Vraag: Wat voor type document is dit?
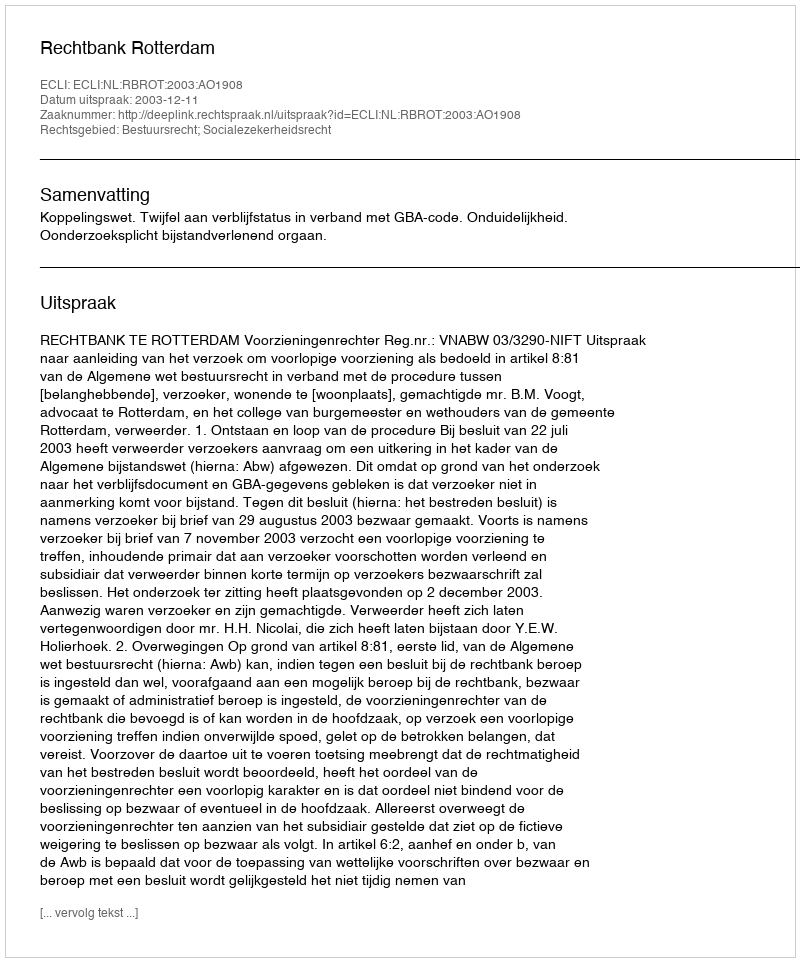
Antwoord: Uitspraak